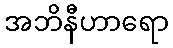
အဘိနီဟာရော